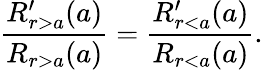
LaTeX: \frac{R_{r>a}^{\prime}(a)}{R_{r>a}(a)}=\frac{R_{r<a}^{\prime}(a)}{R_{r<a}(a)}.